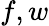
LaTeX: f,w